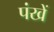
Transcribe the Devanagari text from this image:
पंखें